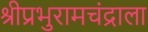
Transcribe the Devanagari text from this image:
श्रीप्रभुरामचंद्राला